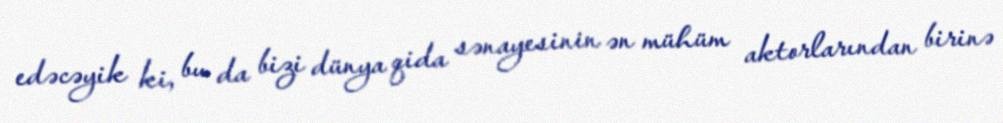
edəcəyik ki, bu da bizi dünya qida sənayesinin ən mühüm aktorlarından birinə